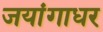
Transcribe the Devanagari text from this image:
जयांगाधर